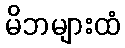
မိဘများထံ